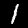
Label: 1